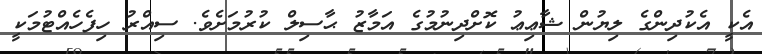
އެކީ އެކުދިންގެ ލިޔުން ޝާޢިޢު ކޮށްދިނުމުގެ އަމާޒު ޙާސިލް ކުރުމަށެވެ. ސިއްރު ހިފެހެއްޓުމަކީ